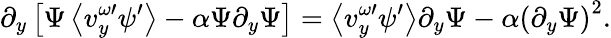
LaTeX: \partial_{y}\left[\Psi\left\langle v_{y}^{\omega\prime}\psi^{\prime}\right\rangle-\alpha\Psi\partial_{y}\Psi\right]=\left\langle v_{y}^{\omega\prime}\psi^{\prime}\right\rangle\partial_{y}\Psi-\alpha\left(\partial_{y}\Psi\right)^{2}.